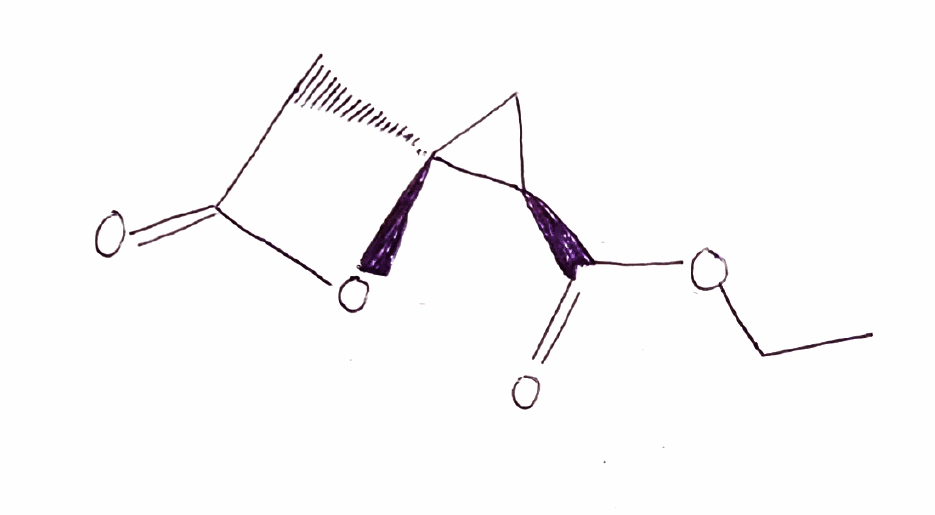
Simplified molecular-input line-entry system (SMILES) notation of the given molecule:
CCOC(=O)[C@@H]1C[C@@]12CC(=O)O2